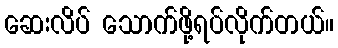
ဆေးလိပ် သောက်ဖို့ရပ်လိုက်တယ်။